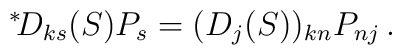
{}^\ast\! D_{ks}(S) P_s = (D_j(S))_{kn}P_{nj}\,.